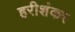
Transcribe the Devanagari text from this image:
हरीशंकर